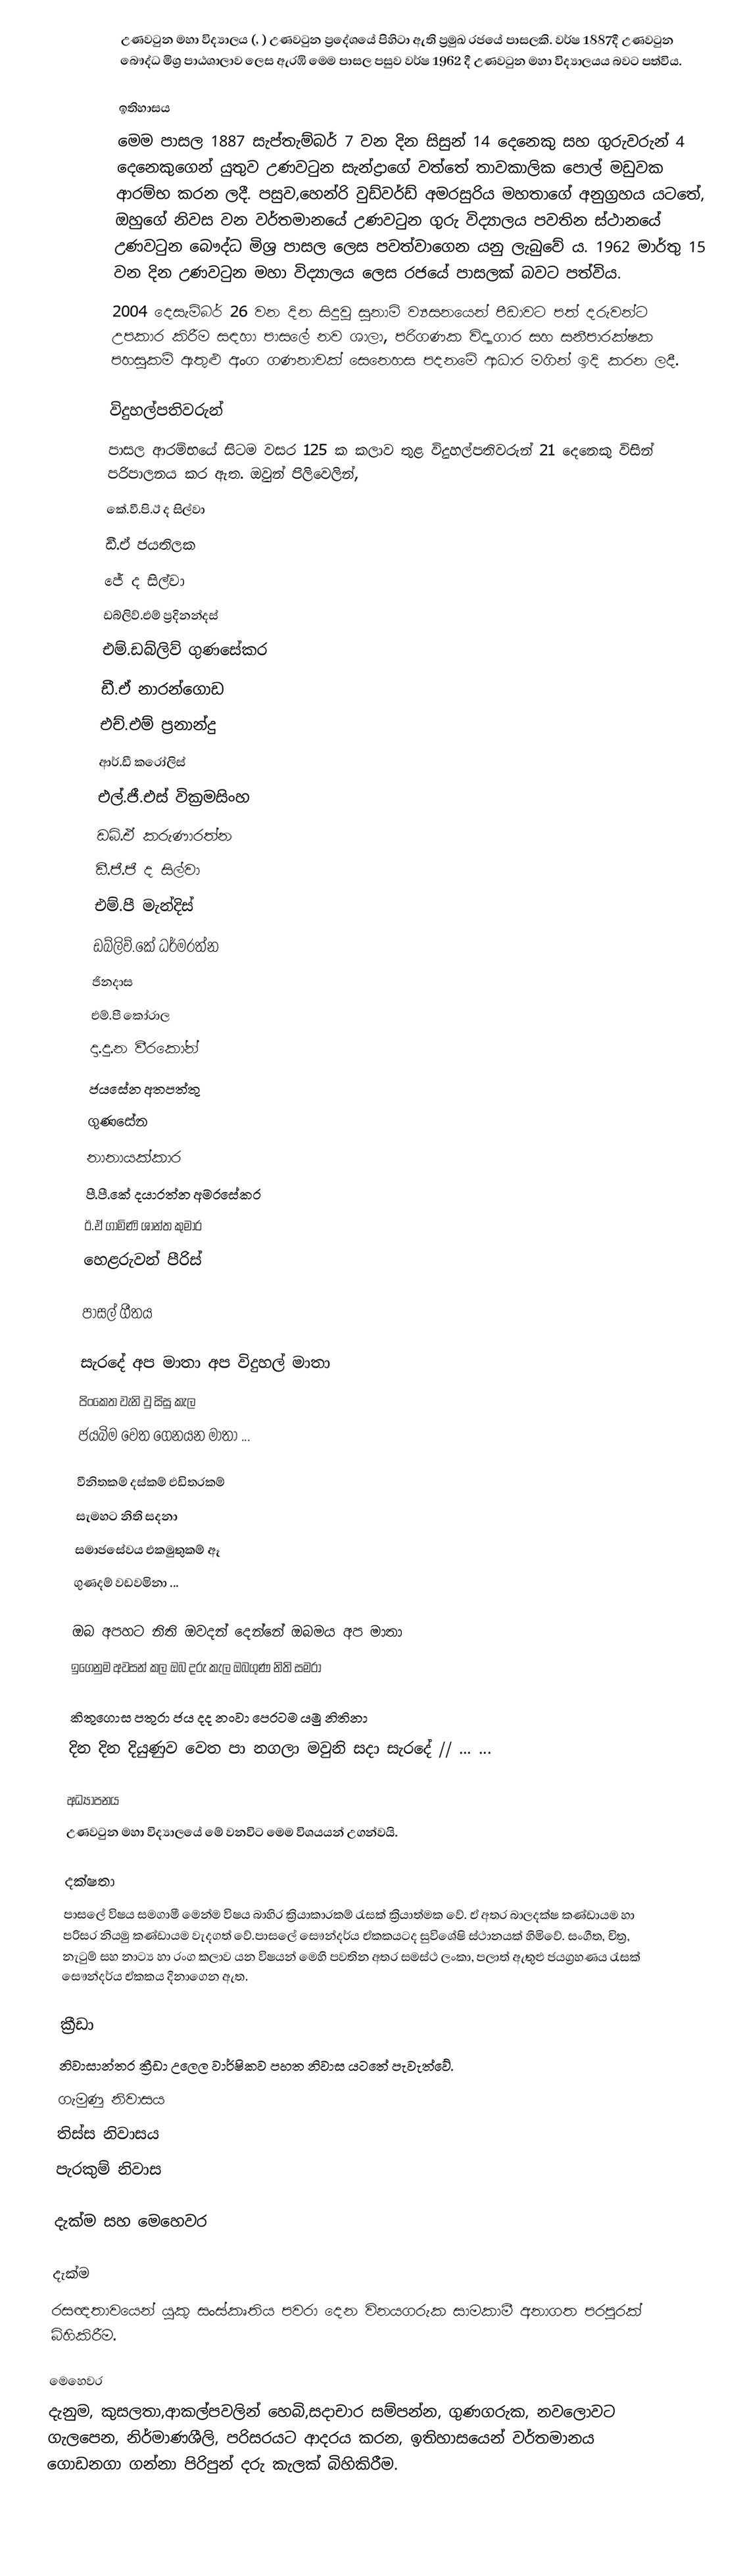
උණවටුන මහා විද්‍යාලය (, ) උණවටුන ප්‍රදේශයේ පිහිටා ඇති ප්‍රමුඛ රජයේ පාසලකි. වර්ෂ 1887දී උණවටුන බෞද්ධ මිශ්‍ර පාඨශාලාව  ලෙස ඇරඹි මෙම පාසල පසුව වර්ෂ 1962 දී උණවටුන මහා විද්‍යාලයය බවට පත්විය.

ඉතිහාසය
මෙම පාසල 1887 සැප්තැම්බර් 7 වන දින සිසුන් 14 දෙනෙකු සහ ගුරුවරුන් 4 දෙනෙකුගෙන් යුතුව උණවටුන සැන්ද්‍රාගේ වත්තේ තාවකාලික පොල් මඩුවක ආරම්භ කරන ලදී. පසුව,හෙන්රි වුඩ්වර්ඩ් අමරසුරිය මහතාගේ අනුග්‍රහය යටතේ, ඔහුගේ නිවස වන වර්තමානයේ උණවටුන ගුරු විද්‍යාලය පවතින ස්ථානයේ  උණවටුන බෞද්ධ මිශ්‍ර පාසල  ලෙස පවත්වාගෙන යනු ලැබුවේ ය. 1962 මාර්තු 15 වන දින උණවටුන මහා විද්‍යාලය ලෙස රජයේ පාසලක් බවට පත්විය.
2004 දෙසැම්බර් 26 වන දින සිදුවු  සුනාමි ව්‍යසනයෙන්  පීඩාවට පත් දරුවන්ට උපකාර කිරීම සඳහා පාසලේ නව ශාලා, පරිගණක විද්‍යාගාර සහ සනීපාරක්ෂක පහසුකම් ඇතුළු අංග ගණනාවක් සෙනෙහස පදනමේ ආධාර මගින් ඉදි කරන ලදී.

විදුහල්පතිවරුන්
පාසල ආරම්භයේ සිටම වසර 125 ක කලාව තුළ විදුහල්පතිවරුන් 21 දෙනෙකු විසින් පරිපාලනය කර ඇත. ඔවුන්  පිලිවෙලින්,
කේ.වී.පි.ඊ ද සිල්වා
ඩී.ඒ ජයතිලක
ජේ ද සිල්වා
ඩබ්ලිව්.එම් ප්‍රදිනන්දස්
එම්.ඩබ්ලිව් ගුණසේකර
ඩී.ඒ නාරන්ගොඩ
එච්.එම් ප්‍රනාන්දු
ආර්.ඩී කරෝලිස්
එල්.ජී.එස් වික්‍රමසිංහ
ඩබ්.ඒ කරුණාරත්න
ඩී.ජී.ජී ද සිල්වා
එම්.පී මැන්දිස්
ඩබ්ලිව්.කේ ධර්මරත්න
ජිනදාස
එම්.පී කෝරාල
දා.දු.න වීරකෝන්
ජයසේන අතපත්තු
ගුණසේන
නානායක්කාර
පී.පී.කේ දයාරත්න අමරසේකර
ඊ.ඒ ගාමිණි ශාන්ත කුමාර
හෙළරුවන් පීරිස්

පාසල් ගීතය

සැරදේ අප මාතා අප විදුහල් මාතා
පිංකෙත වැනි වු සිසු කැල
ජයබිම වෙත ගෙනයන මාතා ...

වීනිතකම් දස්කම් එඩිතරකම්
සැමහට නිති සදනා
සමාජසේවය එකමුතුකම් ඈ
ගුණදම් වඩවමිනා ...

ඔබ අපහට නිති ඔවදන්  දෙන්නේ ඔබමය අප මාතා
ඉගෙනුම අවසන් කල ඔබ දරු කැල ඔබගුණ නිති සමරා

කිතුගොස පතුරා ජය දද නංවා පෙරටම යමු නිතිනා
දින දින දියුණුව වෙත පා නගලා මවුනි සදා සැරදේ // ... ...

අධ්‍යාපනය
උණවටුන මහා විද්‍යාලයේ මේ වනවිට මෙම විශයයන් උගන්වයි.

දක්ෂතා
පාසලේ විෂය සමගාමී මෙන්ම විෂය බාහිර ක්‍රියාකාරකම් රැසක් ක්‍රියාත්මක වේ. ඒ අතර බාලදක්ෂ කණ්ඩායම හා පරිසර නියමු කණ්ඩායම වැදගත් වේ.පාසලේ සෞන්දර්ය ඒකකයටද සුවිශේෂි ස්ථානයක් හිමිවේ. සංගීත, චිත්‍ර, නැටුම් සහ නාට්‍ය හා රංග කලාව යන විෂයන් මෙහි පවතින අතර සමස්ථ ලංකා, පලාත් ඇතුළු ජයග්‍රහණය රැසක් සෞන්දර්ය ඒකකය දිනාගෙන ඇත.

ක්‍රීඩා
නිවාසාන්තර ක්‍රීඩා උලෙල වාර්ෂිකව පහත නිවාස යටතේ පැවැත්වේ.
 ගැමුණු නිවාසය
 තිස්ස නිවාසය
 පැරකුම් නිවාස

දැක්ම සහ මෙහෙවර

දැක්ම
රසඥතාවයෙන් යුකු සංස්කෘතිය පවරා දෙන විනයගරුක සාමකාමී අනාගත පරපුරක් බිහිකිරීම.

මෙහෙවර
දැනුම, කුසලතා,ආකල්පවලින් හෙබි,සදාචාර සම්පන්න, ගුණගරුක, නවලොවට ගැලපෙන, නිර්මාණශීලි, පරිසරයට ආදරය කරන, ඉතිහාසයෙන් වර්තමානය ගොඩනගා ගන්නා පිරිපුන් දරු කැලක් බිහිකිරීම.